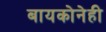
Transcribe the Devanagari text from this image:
बायकोनेही